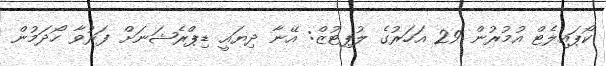
ކޯޕައިލެޓް އުމުރުން 29 އަހަރުގެ ލުޕިޓުޒް: އޭނާ ދިޔައީ ޑިޕްރެޝަނަށް ފަރުވާ ހޯދަމުން